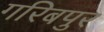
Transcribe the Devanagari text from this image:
गरिबपुर